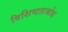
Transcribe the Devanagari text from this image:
विशिष्टताबोध